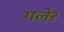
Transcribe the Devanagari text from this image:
गलेर